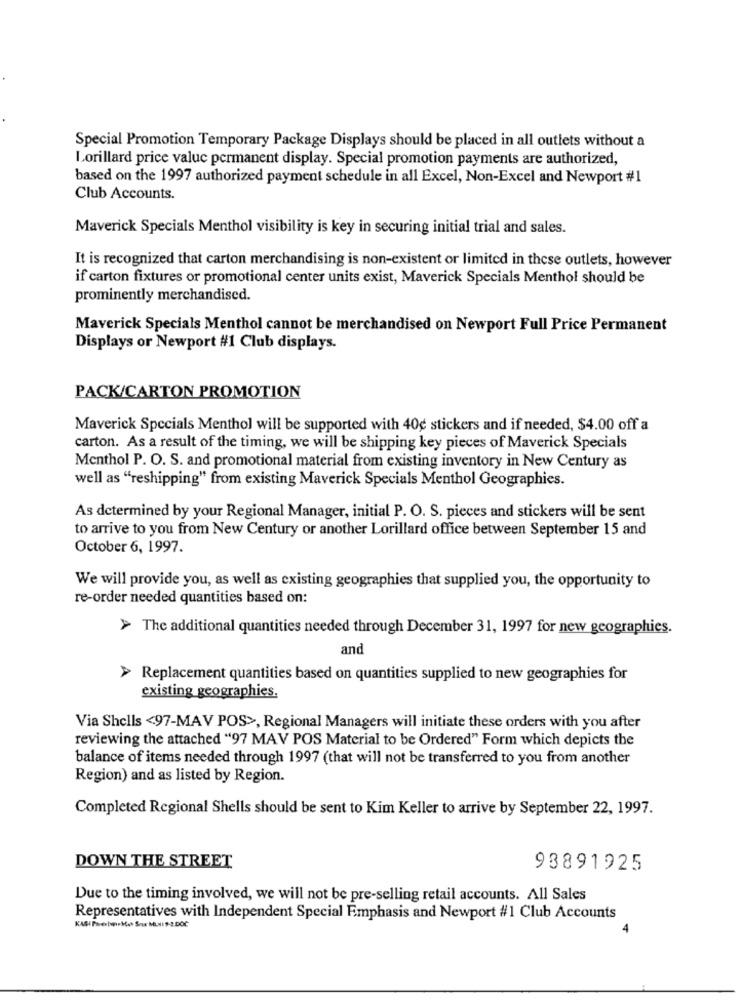
Special Promotion Temporary Package Displays should be placed in all outlets without a
Lorillard price valuc permanent display. Special promotion payments are authorized,
based on the 1997 authorized payment schedule in all Excel, Non-Excel and Newport #1
Club Accounts.
Maverick Specials Menthol visibility is key in securing initial trial and sales.
It is recognized that carton merchandising is non-existent or limited in these outlets, however
if carton fixtures or promotional center units exist, Maverick Specials Menthol should be
prominently merchandised.
Maverick Specials Menthol cannot be merchandised on Newport Full Price Permanent
Displays or Newport #1 Club displays.
PACK/CARTON PROMOTION
Maverick Specials Menthol will be supported with 40g stickers and if needed, $4.00 off a
carton. As a result of the timing, we will be shipping key pieces of Maverick Specials
Menthol P. O. S. and promotional material from existing inventory in New Century as
well as "reshipping" from existing Maverick Specials Menthol Geographies.
As determined by your Regional Manager, initial P. O. S. pieces and stickers will be sent
to arrive to you from New Century or another Lorillard office between September 15 and
October 6, 1997.
We will provide you, as well as existing geographies that supplied you, the opportunity to
re-order needed quantities based on:
> The additional quantities needed through December 31, 1997 for new geographies.
and
> Replacement quantities based on quantities supplied to new geographies for
existing geographies.
Via Shells <97-MAV POS>, Regional Managers will initiate these orders with you after
reviewing the attached "97 MAV POS Material to be Ordered" Form which depicts the
balance of items needed through 1997 (that will not be transferred to you from another
Region) and as listed by Region.
Completed Regional Shells should be sent to Kim Keller to arrive by September 22, 1997.
DOWN THE STREET
93891925
Due to the timing involved, we will not be pre-selling retail accounts. All Sales
Representatives with Independent Special Emphasis and Newport #1 Club Accounts
KASI Peerherkes Snur MLNIS-2.DOC